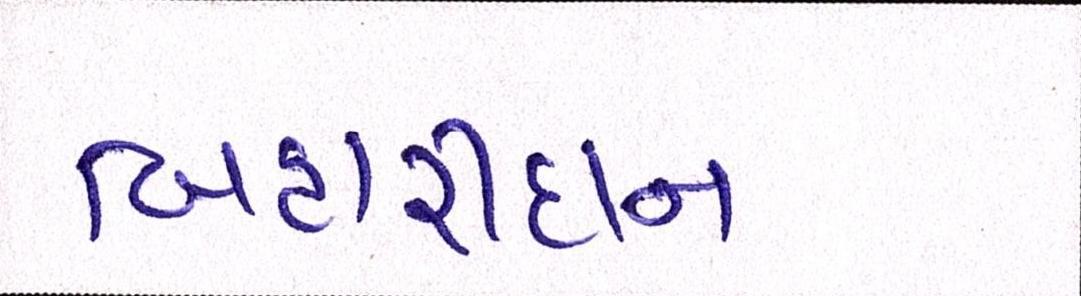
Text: બિહારીદાન